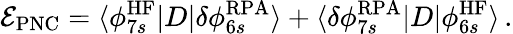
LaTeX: \mathcal{E}_{\mathrm{{PNC}}}=\langle\phi_{7s}^{\mathrm{{HF}}}|D|\delta\phi_{6s}^{\mathrm{{RPA}}}\rangle+\langle\delta\phi_{7s}^{\mathrm{{RPA}}}|D|\phi_{6s}^{\mathrm{{HF}}}\rangle\, .